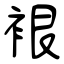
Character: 裉